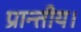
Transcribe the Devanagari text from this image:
प्रान्तीय।